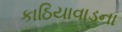
કાઠિયાવાડના